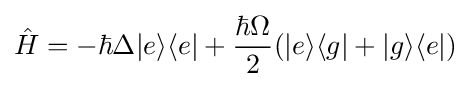
{\hat {H}}=-\hbar \Delta |e\rangle \langle e|+{\frac {\hbar \Omega }{2}}(|e\rangle \langle g|+|g\rangle \langle e|)